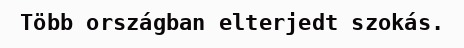
Több országban elterjedt szokás.